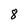
Character: 8